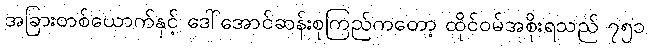
အခြားတစ်ယောက်နှင့် ဒေါ်အောင်ဆန်းစုကြည်ကတော့ ထိုင်ဝမ်အစိုးရသည် ၇၅၁